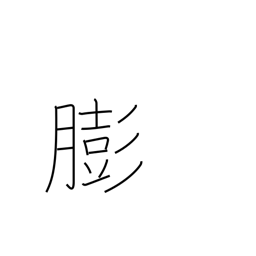
Meaning: get fat